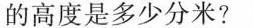
的高度是多少分米?